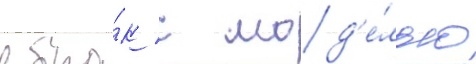
в бра́к с мод'е́лью